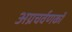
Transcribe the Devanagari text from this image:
अग्रचर्वणकों